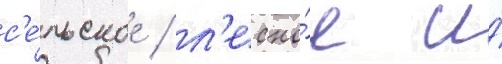
с'е́льское / л'есно́е и́